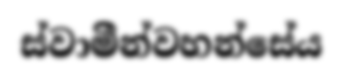
ස්වාමීන්වහන්සේය